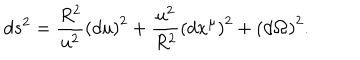
d s ^ { 2 } = \frac { R ^ { 2 } } { u ^ { 2 } } \left( d u \right) ^ { 2 } + \frac { u ^ { 2 } } { R ^ { 2 } } \left( d x ^ { \mu } \right) ^ { 2 } + \left( d { \bf \Omega } \right) ^ { 2 } .